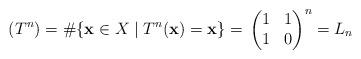
LaTeX: \begin{align*}{}(T^n)=\#\{{\bf x}\in X\mid T^n({\bf x})={\bf x}\}={}\left(\begin{matrix} 1 & 1\\ 1 & 0\end{matrix}\right)^n=L_n\end{align*}